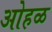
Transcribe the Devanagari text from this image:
ओहळ